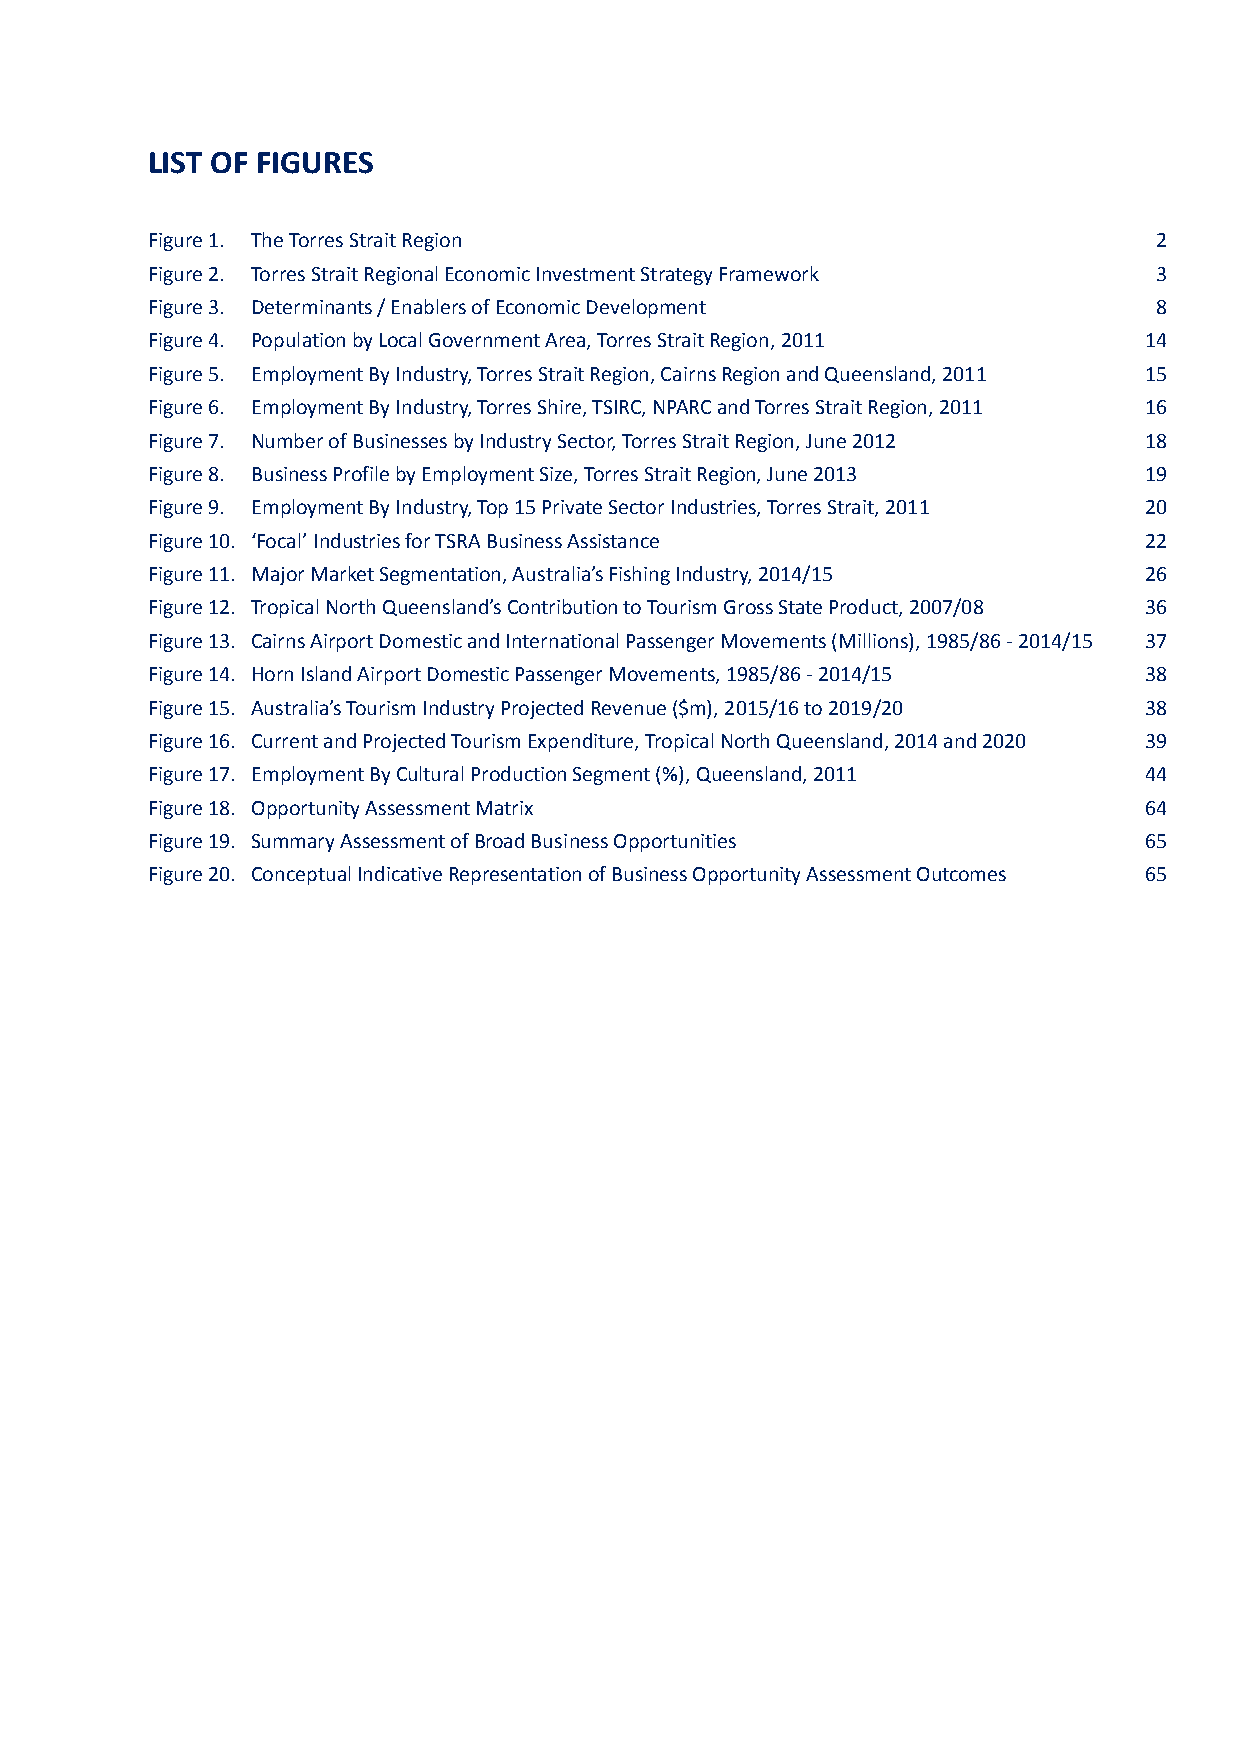
Page 5
 LIST OF FIGURES
 Figure 1. The Torres Strait Region                                 2
 Figure 2. Torres Strait Regional Economic Investment Strategy Framework 3
 Figure 3. Determinants / Enablers of Economic Development          8
 Figure 4. Population by Local Government Area, Torres Strait Region, 2011 14
 Figure 5. Employment By Industry, Torres Strait Region, Cairns Region and Queensland, 2011 15
 Figure 6. Employment By Industry, Torres Shire, TSIRC, NPARC and Torres Strait Region, 2011 16
 Figure 7. Number of Businesses by Industry Sector, Torres Strait Region, June 2012 18
 Figure 8. Business Profile by Employment Size, Torres Strait Region, June 2013 19
 Figure 9. Employment By Industry, Top 15 Private Sector Industries, Torres Strait, 2011 20
 Figure 10. ‘Focal’ Industries for TSRA Business Assistance        22
 Figure 11. Major Market Segmentation, Australia’s Fishing Industry, 2014/15 26
 Figure 12. Tropical North Queensland’s Contribution to Tourism Gross State Product, 2007/08 36
 Figure 13. Cairns Airport Domestic and International Passenger Movements (Millions), 1985/86 - 2014/15 37
 Figure 14. Horn Island Airport Domestic Passenger Movements, 1985/86 - 2014/15 38
 Figure 15. Australia’s Tourism Industry Projected Revenue ($m), 2015/16 to 2019/20 38
 Figure 16. Current and Projected Tourism Expenditure, Tropical North Queensland, 2014 and 2020 39
 Figure 17. Employment By Cultural Production Segment (%), Queensland, 2011 44
 Figure 18. Opportunity Assessment Matrix                          64
 Figure 19. Summary Assessment of Broad Business Opportunities     65
 Figure 20. Conceptual Indicative Representation of Business Opportunity Assessment Outcomes 65